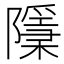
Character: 𨽌